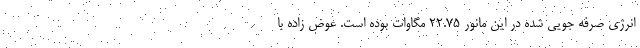
انرژی صرفه جویی شده در این مانور ۲۲.۷۵ مگاوات بوده است. عوض زاده با